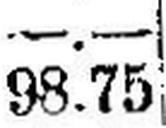
98.75